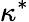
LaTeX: \kappa^{*}